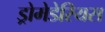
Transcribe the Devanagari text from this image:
ड्रोमेडेरियस